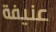
عنيفة